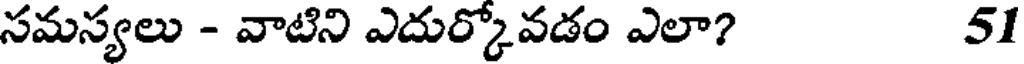
సమస్యలు - వాటిని ఎదుర్కోవడం ఎలా? 51